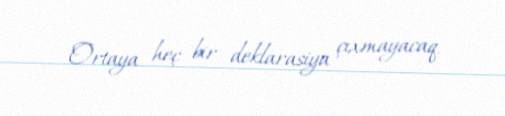
Ortaya heç bir deklarasiya çıxmayacaq.